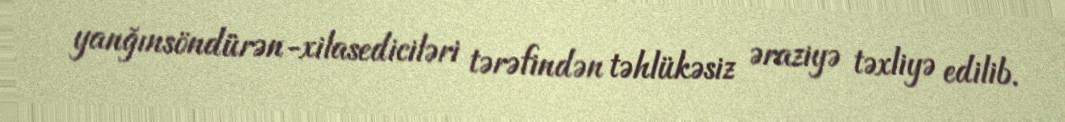
yanğınsöndürən-xilasediciləri tərəfindən təhlükəsiz əraziyə təxliyə edilib.